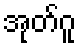
အုတ်ဂူ